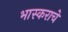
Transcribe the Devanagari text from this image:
भास्कराचे